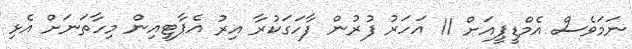
ނަމަވެސް އެމްޑީޕީއަށް 11 އަހަރު ފުރުން ފާހަގަކުރާ އިރު އެޕާޓީއިން މިހާތަނަށް އެޅި